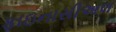
ફાઇનાસીઅલ